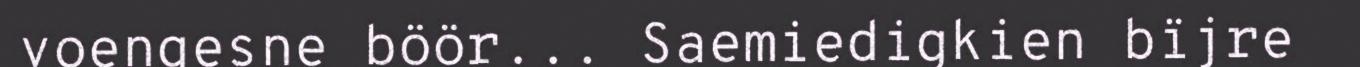
voengesne böör... Saemiedigkien bïjre